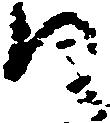
日